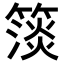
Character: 𥲄